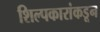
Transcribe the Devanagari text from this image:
शिल्पकारांकडून